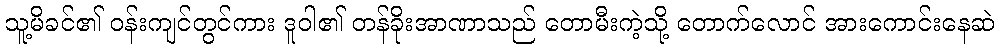
သူ့မိခင်၏ ဝန်းကျင်တွင်ကား ဒူဝါ၏ တန်ခိုးအာဏာသည် တောမီးကဲ့သို့ တောက်လောင် အားကောင်းနေဆဲ